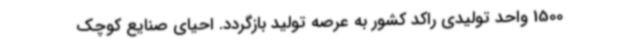
1500 واحد تولیدی راکد کشور به عرصه تولید بازگردد. احیای صنایع کوچک